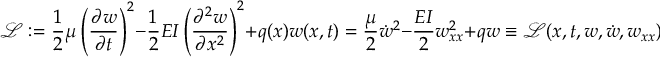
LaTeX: { \mathcal { L } } : = { \frac { 1 } { 2 } } \mu \left( { \frac { \partial w } { \partial t } } \right) ^ { 2 } - { \frac { 1 } { 2 } } E I \left( { \frac { \partial ^ { 2 } w } { \partial x ^ { 2 } } } \right) ^ { 2 } + q ( x ) w ( x , t ) = { \frac { \mu } { 2 } } { \dot { w } } ^ { 2 } - { \frac { E I } { 2 } } w _ { x x } ^ { 2 } + q w \equiv { \mathcal { L } } ( x , t , w , { \dot { w } } , w _ { x x } )